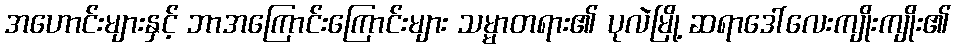
အဟောင်းများနှင့် ဘာအကြောင်းကြောင်းများ သမ္မာတရား၏ ပုလဲမြို့ ဆရာဒေါ်လေးကျိုးကျိုး၏